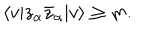
\langle v | z _ { \alpha } \bar { z } _ { \alpha } | v \rangle \geq m .